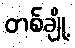
တစ်ချို့